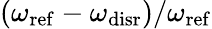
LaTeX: {(\omega_{\mathrm{ref}}-\omega_{\mathrm{disr}})/\omega_{\mathrm{ref}}}